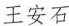
王安石